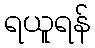
ရယူရန်